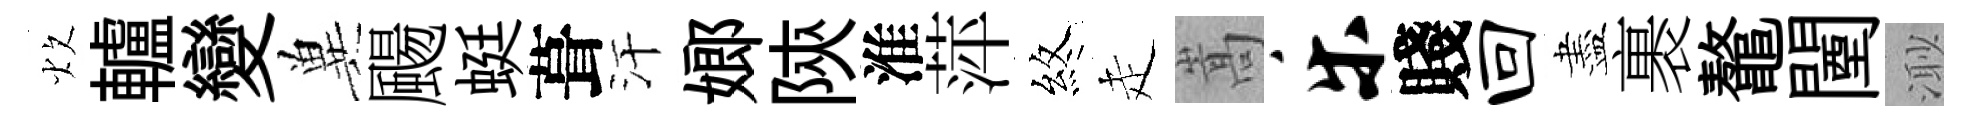
炊轤變兾颺蜓葺汗嫏陝淮萍煞走嵩乐賤回盡裹鼇闉𣺌